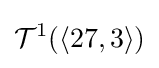
{\mathcal {T}}^{1}(\langle 27,3\rangle )